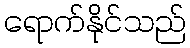
ရောက်နိုင်သည်